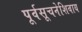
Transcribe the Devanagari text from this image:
पूर्वसूचनेशिवाय